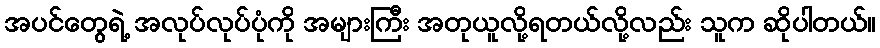
အပင်တွေရဲ့ အလုပ်လုပ်ပုံကို အများကြီး အတုယူလို့ရတယ်လို့လည်း သူက ဆိုပါတယ်။